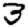
Digit: 3